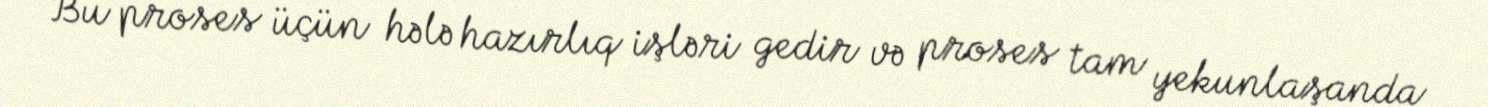
Bu proses üçün hələ hazırlıq işləri gedir və proses tam yekunlaşanda